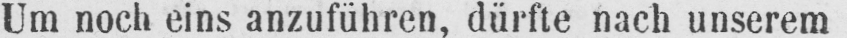
Um noch eins anzuführen, dürfte nach unserem